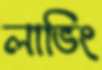
লাভিং